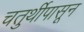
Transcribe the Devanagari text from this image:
चतुर्थीपासून